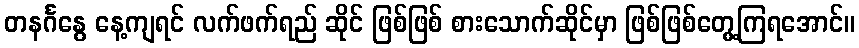
တနင်္ဂနွေ နေ့ကျရင် လက်ဖက်ရည် ဆိုင် ဖြစ်ဖြစ် စားသောက်ဆိုင်မှာ ဖြစ်ဖြစ်တွေ့ကြရအောင်။